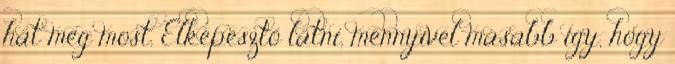
hát még most. Elképesztő látni, mennyivel másabb így, hogy